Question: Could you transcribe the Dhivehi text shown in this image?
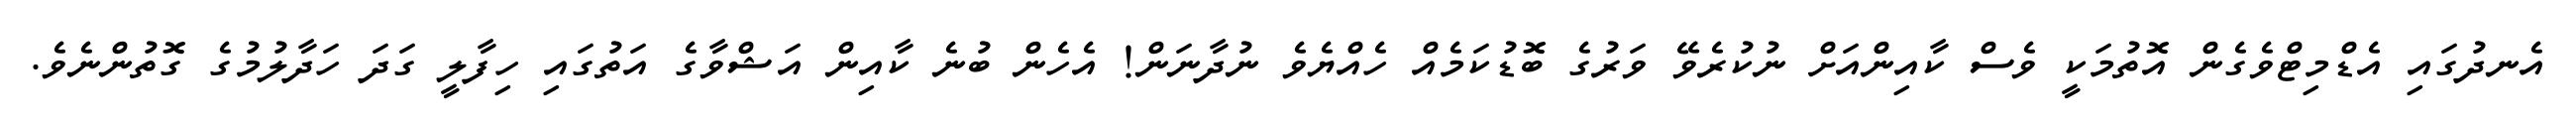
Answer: އެނދުގައި އެޑްމިޓްވެގެން އޮތުމަކީ ވެސް ކާއިންއަށް ނުކުރެވޭ ވަރުގެ ބޮޑުކަމެއް ހެއްޔެވެ ނުދާނަން! އެހެން ބުނެ ކާއިން އަޝްވާގެ އަތުގައި ހިފާލީ ގަދަ ހަދާލުމުގެ ގޮތުންނެވެ.